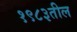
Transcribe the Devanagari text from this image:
१९८३तील